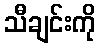
သီချင်းကို